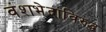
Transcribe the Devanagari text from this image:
वंशभेदाविरुद्ध